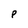
Character: P